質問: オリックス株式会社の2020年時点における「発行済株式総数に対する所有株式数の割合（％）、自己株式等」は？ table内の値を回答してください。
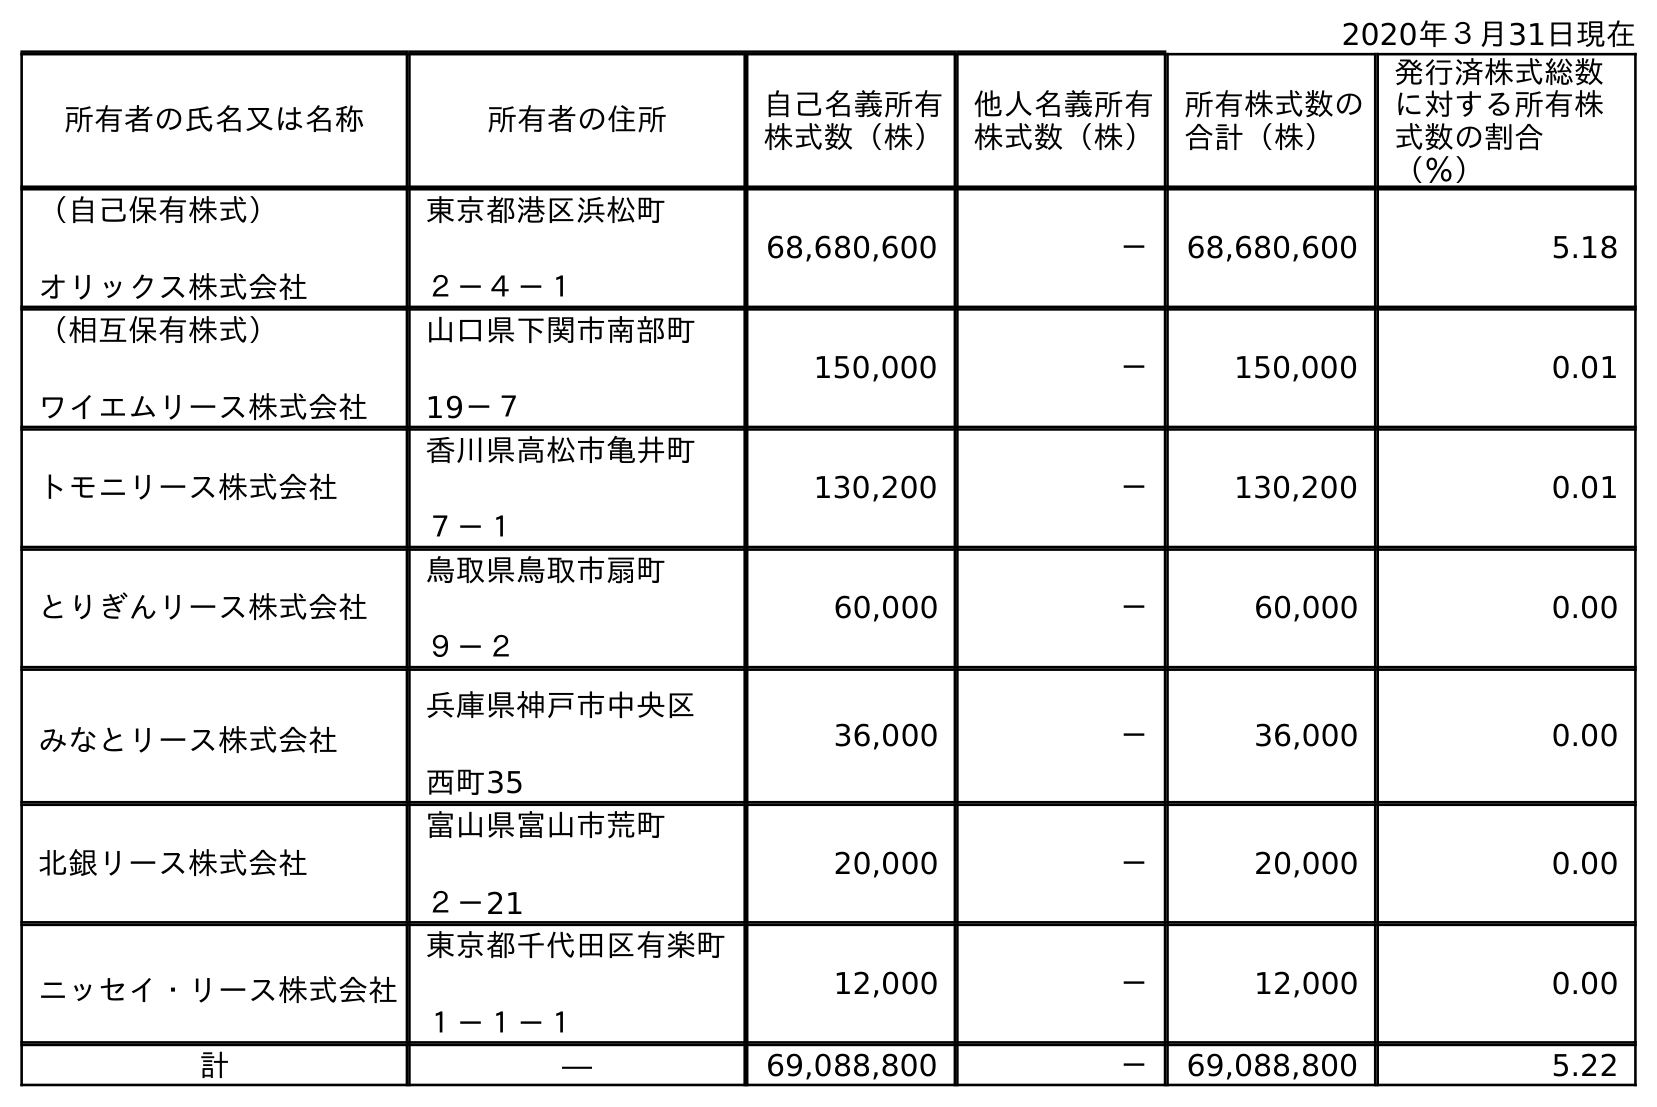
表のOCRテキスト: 2020年３月31日現在 所有者の氏名又は名称 所有者の住所 自己名義所有 株式数（株） 他人名義所有 株式数（株） 所有株式数の 合計（株） 発行済株式総数 に対する所有株 式数の割合 （％） （自己保有株式） オリックス株式会社 東京都港区浜松町 ２－４－１ 68,680,600 － 68,680,600 5.18 （相互保有株式） ワイエムリース株式会社 山口県下関市南部町 19－７ 150,000 － 150,000 0.01 トモニリース株式会社 香川県高松市亀井町 ７－１ 130,200 － 130,200 0.01 とりぎんリース株式会社 鳥取県鳥取市扇町 ９－２ 60,000 － 60,000 0.00 みなとリース株式会社 兵庫県神戶市中央区 西町35 36,000 － 36,000 0.00 北銀リース株式会社 富山県富山市荒町 ２－21 20,000 － 20,000 0.00 ニッセイ・リース株式会社 東京都千代田区有楽町 １－１－１ 12,000 － 12,000 0.00 計 ― 69,088,800 － 69,088,800 5.22
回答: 5.22